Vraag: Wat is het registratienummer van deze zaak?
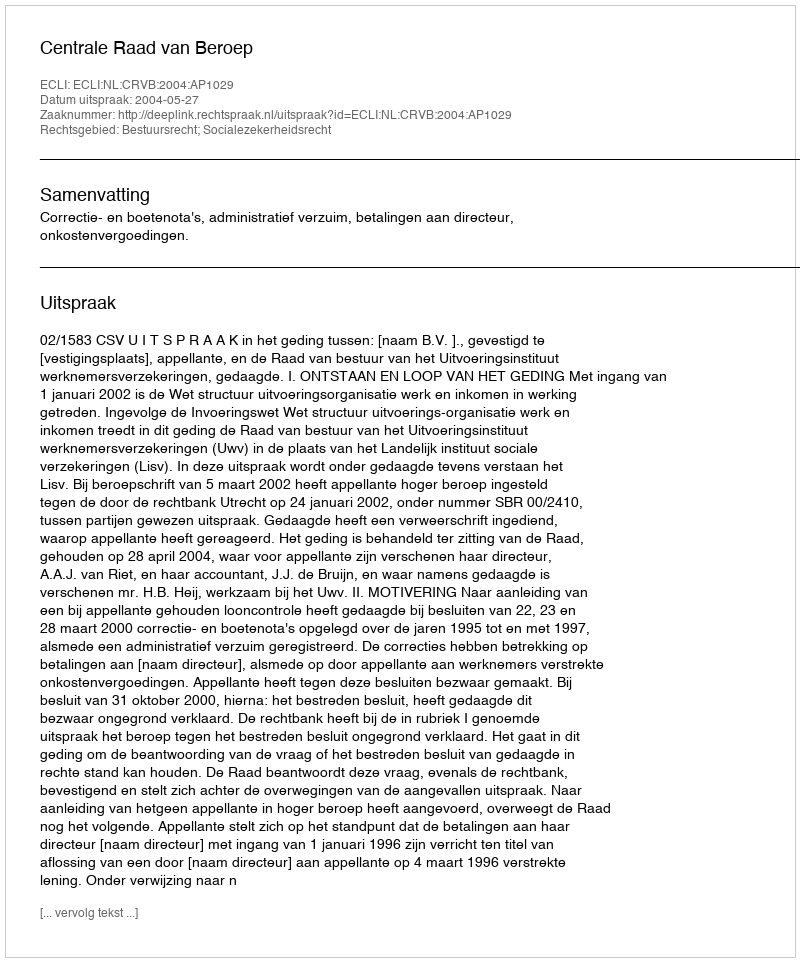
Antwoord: http://deeplink.rechtspraak.nl/uitspraak?id=ECLI:NL:CRVB:2004:AP1029